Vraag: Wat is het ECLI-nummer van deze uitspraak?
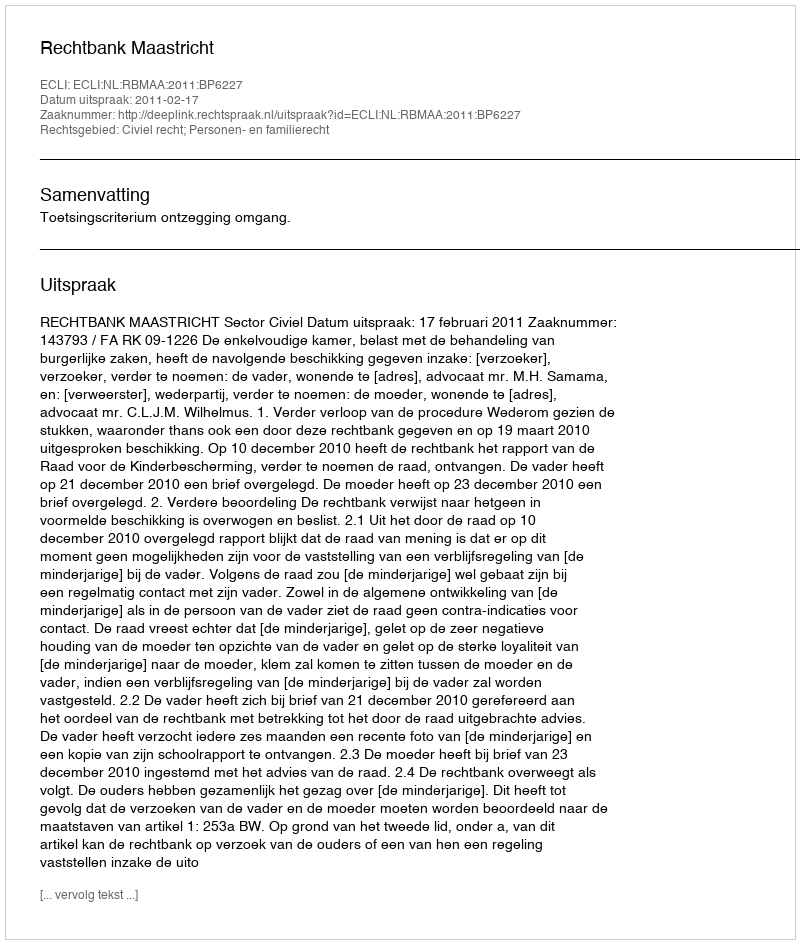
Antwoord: ECLI:NL:RBMAA:2011:BP6227